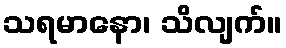
သရမာနော၊ သိလျက်။